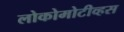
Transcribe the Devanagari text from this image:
लोकोमोटीव्हस